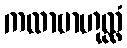
ကထာဗာဟုလ္လံ